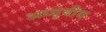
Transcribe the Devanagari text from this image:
अध्वृवीय